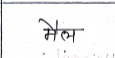
मजकूर: मैल